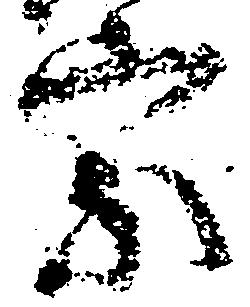
家